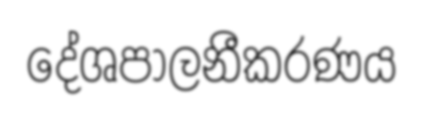
දේශපාලනීකරණය